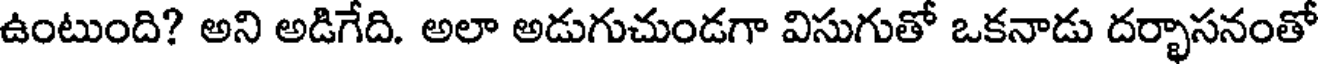
ఉంటుంది? అని అడిగేది. అలా అడుగుచుండగా విసుగుతో ఒకనాడు దర్భాసనంతో